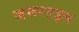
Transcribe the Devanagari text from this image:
जरूरतइन